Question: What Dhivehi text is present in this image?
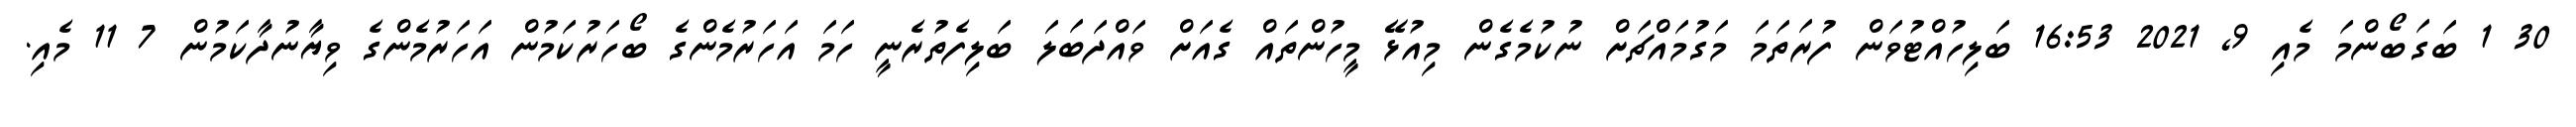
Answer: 30 1 ބަގަބޯންމަ މެއި 9, 2021 16:53 ބަލިހުއްޓުވަން ފުރަތަމަ މަގުމައްޗަށް ނުކުމެގެން މިއުޅޭ މީހުންތައް ގެއަށް ވައްދަބަލަ ބަލިފެތުރެނީ ހަމަ އަހަރުމެންގެ ބޯހަރުކަމުން އަހަރުމެންގެ ވިޔާނުދާކަމުން 7 11 މެއި.